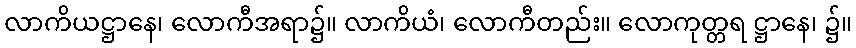
လာကိယဋ္ဌာနေ၊ လောကီအရာ၌။ လာကိယံ၊ လောကီတည်း။ လောကုတ္တရ ဋ္ဌာနေ၊ ၌။